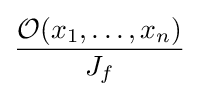
{\frac {{\mathcal {O}}(x_{1},\ldots ,x_{n})}{J_{f}}}